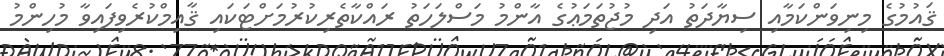
ޤައުމުގެ މިނިވަންކަމާއި ސިޔާދަތު އަދި މުޖުތަމަޢުގެ އާންމު މަސްލަހަތު ރައްކާތެރިކުރުމަށްޓަކައި ޤާއިމްކުރެވިފައިވާ މުހިންމު